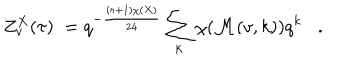
Z _ { v } ^ { X } ( \tau ) : = q ^ { - { \frac { ( r + 1 ) \chi ( X ) } { 2 4 } } } \sum _ { k } \chi ( { \cal M } ( v , k ) ) q ^ { k } .